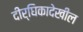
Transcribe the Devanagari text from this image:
दीर्घिकादेखील